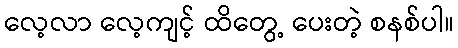
လေ့လာ လေ့ကျင့် ထိတွေ့ ပေးတဲ့ စနစ်ပါ။